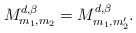
\begin{align*}M_{m_{1},m_{2}}^{ d,\beta}=M_{m_{1},m_{2}'}^{ d,\beta}.\end{align*}